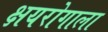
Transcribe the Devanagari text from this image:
क्षयरोगाला